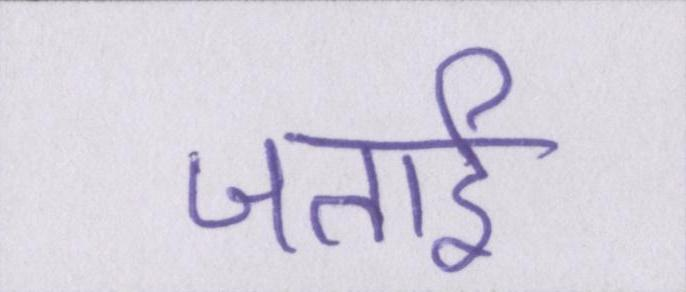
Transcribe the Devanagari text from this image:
जताई